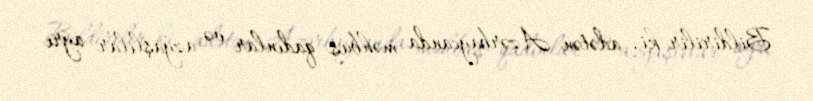
Bildirilir ki, adətən Azərbaycanda məhbus qadınlar və azyaşlılar ayrı